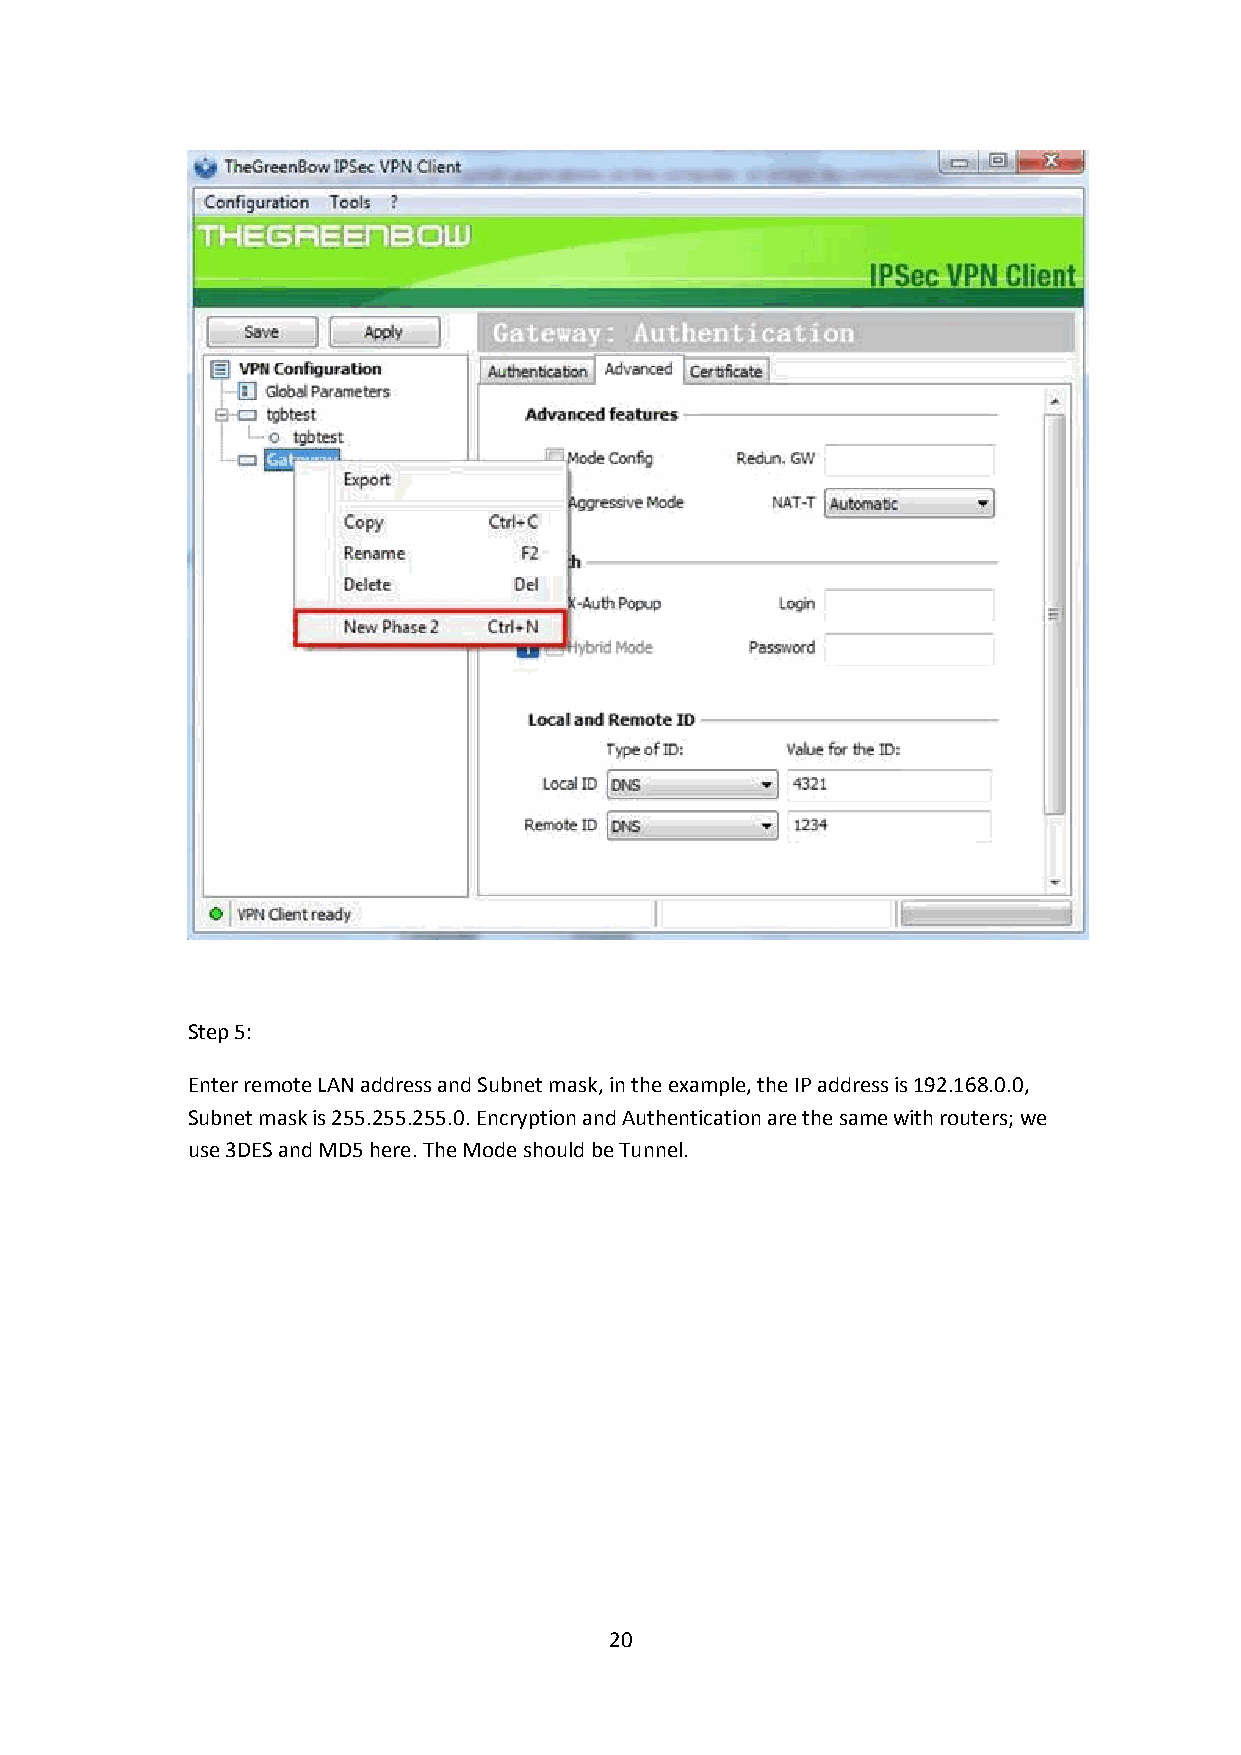
Step 5:
 Enter remote LAN address and Subnet mask, in the example, the IP address is 192.168.0.0,
 Subnet mask is 255.255.255.0. Encryption and Authentication are the same with routers; we
 use3DESandMD5here. The Mode should beTunnel.
 20